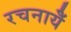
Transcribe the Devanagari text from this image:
रचनायेँ